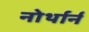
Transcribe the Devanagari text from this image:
नोर्थार्न